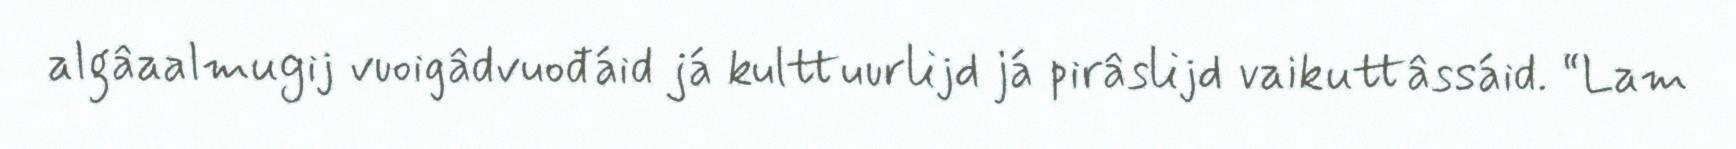
algâaalmugij vuoigâdvuođáid já kulttuurlijd já pirâslijd vaikuttâssáid. “Lam